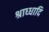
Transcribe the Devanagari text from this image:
श्राध्धादि